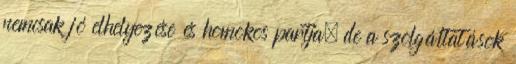
nemcsak jó elhelyezése és homokos partja, de a szolgáltatások